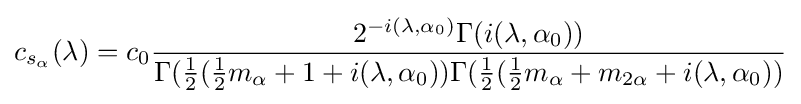
c_{s_{\alpha }}(\lambda )=c_{0}{2^{-i(\lambda ,\alpha _{0})}\Gamma (i(\lambda ,\alpha _{0})) \over \Gamma ({1 \over 2}({1 \over 2}m_{\alpha }+1+i(\lambda ,\alpha _{0}))\Gamma ({1 \over 2}({1 \over 2}m_{\alpha }+m_{2\alpha }+i(\lambda ,\alpha _{0}))}